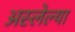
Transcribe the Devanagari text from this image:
अस्लेल्या